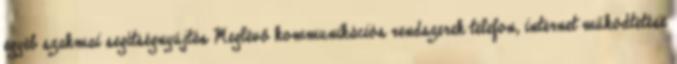
egyéb szakmai segítségnyújtás Meglévő kommunikációs rendszerek telefon, internet működtetése